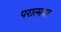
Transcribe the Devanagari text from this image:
परात्मपर